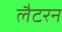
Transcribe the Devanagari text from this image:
लैटरन